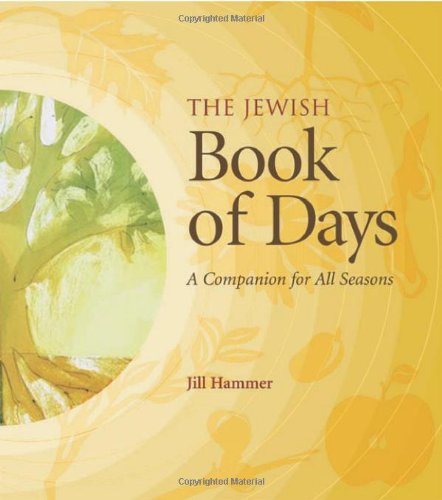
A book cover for The Jewish Book of Days: A Companion for All Seasons; Jill Hammer PhD; Religion & Spirituality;